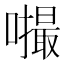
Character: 𪢚